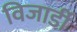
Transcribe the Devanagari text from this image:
विजार्डी